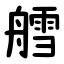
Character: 艝